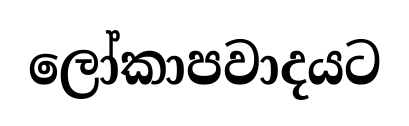
ලෝකාපවාදයට